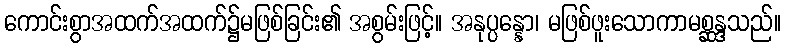
ကောင်းစွာအထက်အထက်၌မဖြစ်ခြင်း၏ အစွမ်းဖြင့်။ အနုပ္ပန္နော၊ မဖြစ်ဖူးသောကာမစ္ဆန္ဒသည်။